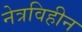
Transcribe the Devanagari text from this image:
नेत्रविहीन